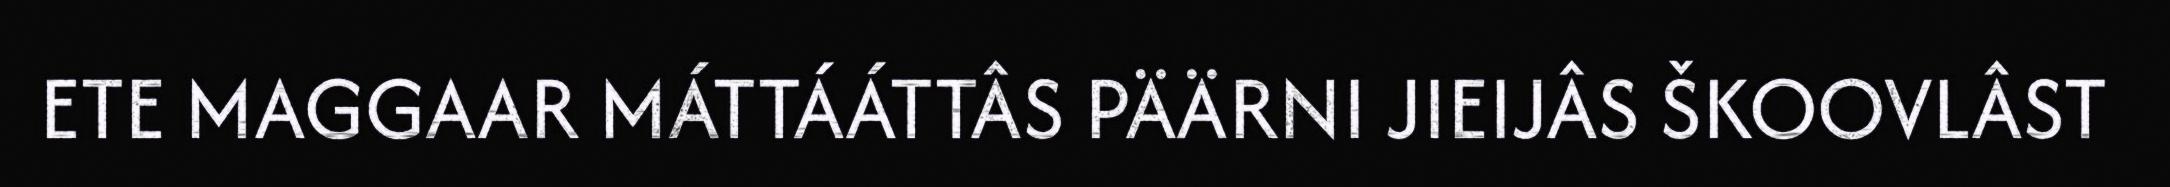
ETE MAGGAAR MÁTTÁÁTTÂS PÄÄRNI JIEIJÂS ŠKOOVLÂST